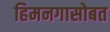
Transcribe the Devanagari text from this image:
हिमनगासोबत